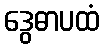
ဒွေဓာပထံ